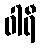
ဝါရီ